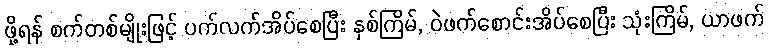
ဖို့ရန် စက်တစ်မျိုးဖြင့် ပက်လက်အိပ်စေပြီး နှစ်ကြိမ်, ဝဲဖက်စောင်းအိပ်စေပြီး သုံးကြိမ်, ယာဖက်